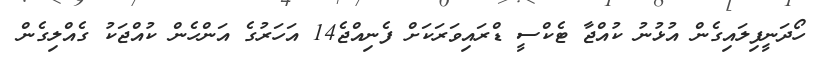
ހޯދަނީފިލައިގެން އުޅުނު ކުއްޖާ ޓެކްސީ ޑްރައިވަރަކަށް ފެނިއްޖެ14 އަހަރުގެ އަންހެން ކުއްޖަކު ގެއްލިގެން